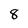
Character: 8